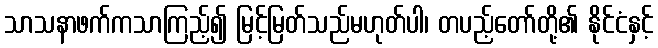
သာသနာဖက်ကသာကြည့်၍ မြင့်မြတ်သည်မဟုတ်ပါ၊ တပည့်တော်တို့၏ နိုင်ငံနှင့်